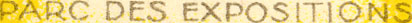
PARC DES EXPOSITIONS